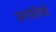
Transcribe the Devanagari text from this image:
प्रणालियॉ